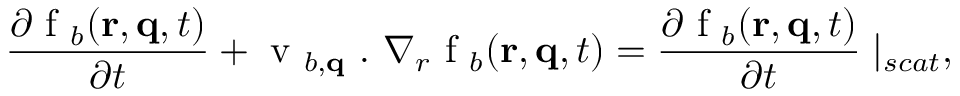
\frac { \partial \textrm { f } _ { b } ( \mathbf { r } , \mathbf { q } , t ) } { \partial t } + \textrm { v } _ { b , \mathbf { q } } \ . \ \nabla _ { r } \textrm { f } _ { b } ( \mathbf { r } , \mathbf { q } , t ) = \frac { \partial \textrm { f } _ { b } ( \mathbf { r } , \mathbf { q } , t ) } { \partial t } \mid _ { s c a t } ,